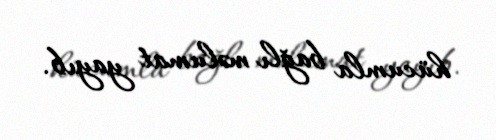
hücumla bağlı məlumat yayıb.